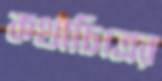
কথাচিত্রের